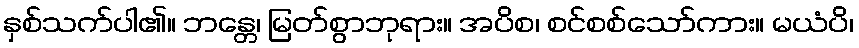
နှစ်သက်ပါ၏။ ဘန္တေ၊ မြတ်စွာဘုရား။ အပိစ၊ စင်စစ်သော်ကား။ မယံပိ၊